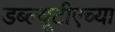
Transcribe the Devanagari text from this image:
डब्ल्यूटीएच्या